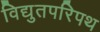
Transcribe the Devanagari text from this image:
विद्युतपरिपथ